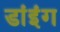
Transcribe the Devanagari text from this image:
डांइंग